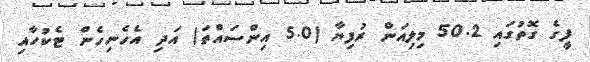
ފީގެ ގޮތުގައި 50.2 މިލިއަން ރުފިޔާ (5.0 އިންސައްތަ) އަދި އެހެނިހެން ޓެކުހާއި